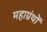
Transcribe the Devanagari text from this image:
महाग्रंथों